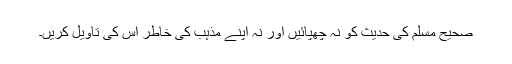
صحیح مسلم کی حدیث کو نہ چھپائیں اور نہ اپنے مذہب کی خاطر اس کی تاویل کریں۔